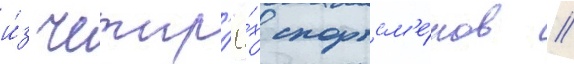
и́з четыр'ё́х спортсм'е́нов //